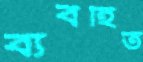
ব্যবহিত